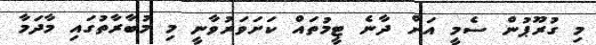
މި ގުރޫޕުން ސެމީ އަށް ދާނެ ޓީމުތައް ކަށަވަރުވާނީ މި މުބާރާތުގައި މާދަމާ